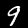
Label: 9